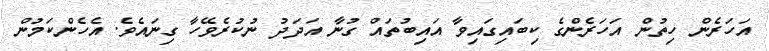
އަހަރެން ހިތުން އަހަރެންގެ ކިބައިގައިވާ އައިބުތައް ގުނާ އަދަދު ނުކުރެވޭހާ ގިނައެވެ. އެހެންކަމުން